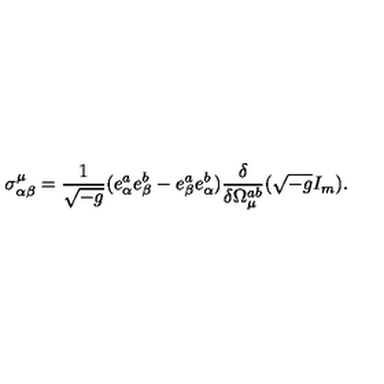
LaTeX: \sigma _ { \alpha \beta } ^ { \mu } = \frac { 1 } { \sqrt { - g } } ( e _ { \alpha } ^ { a } e _ { \beta } ^ { b } - e _ { \beta } ^ { a } e _ { \alpha } ^ { b } ) \frac { \delta } { \delta \Omega _ { \mu } ^ { a b } } ( \sqrt { - g } I _ { m } ) .